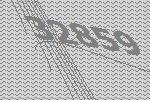
32859